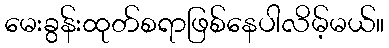
မေးခွန်းထုတ်စရာဖြစ်နေပါလိမ့်မယ်။